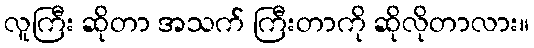
လူကြီး ဆိုတာ အသက် ကြီးတာကို ဆိုလိုတာလား။